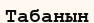
Табанын